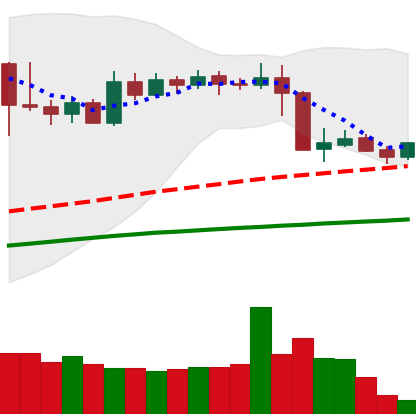
Ticker: XMR-USD
Chart end date: 2019-04-30
Forward return: 6.416%
Label: up_5_7